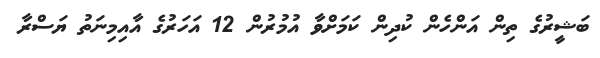
ބަޝީރުގެ ތިން އަންހެން ކުދިން ކަމަށްވާ އުމުރުން 12 އަހަރުގެ އާއިމިނަތު ޔަސްރާ